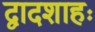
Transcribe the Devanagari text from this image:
द्वादशाहः